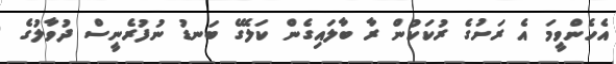
އެހެންވީމަ އެ ރަށުގެ ރުކަކުން ރާ ބާލައިގެން ކަލޭގެ ބަނޑު ނުފުރެނީސް ދުވާލުގެ